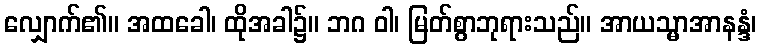
လျှောက်၏။ အထခေါ၊ ထိုအခါ၌။ ဘဂ ဝါ၊ မြတ်စွာဘုရားသည်။ အာယသ္မာအာနန္ဒံ၊